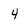
Character: 4